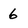
Character: 6